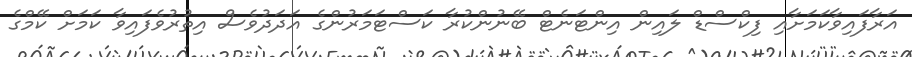
އަރާފައިވާކަމަށާއި ފިކްސްޑް ލައިން އިންޓަނެޓް ބޭނުންކުރާ ކަސްޓަމަރުންގެ އަދަދުވެސް އިތުރުވެފައިވާ ކަމަށް ކޭމްގެ